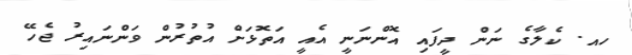
ހއ. ކެލާގެ ނަން ދީފައި އޮންނަނީ އެއީ އަތޮޅަށް އުތުރުން ވަންނައިރު ޖެހޭ